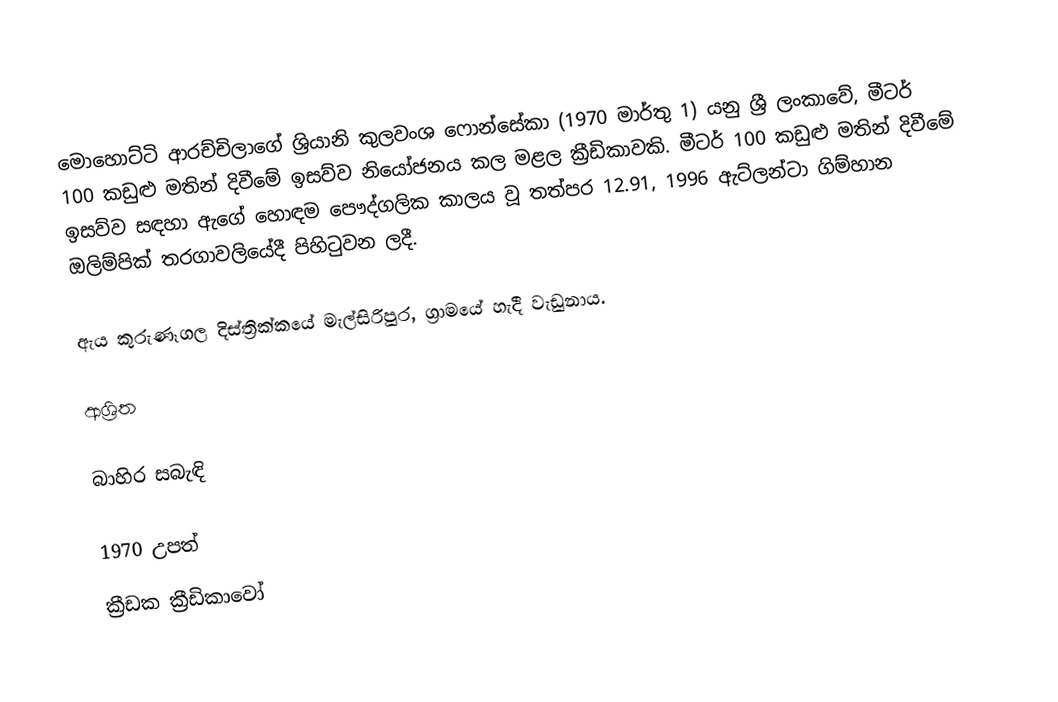
මොහොට්ටි ආරච්චිලාගේ ශ්‍රියානි කුලවංශ ෆොන්සේකා (1970 මාර්තු 1) යනු ශ්‍රී ලංකාවේ, මීටර් 100 කඩුළු මතින් දිවීමේ ඉසව්ව නියෝජනය කල මළල ක්‍රීඩිකාවකි. මීටර් 100 කඩුළු මතින් දිවීමේ ඉසව්ව සඳහා ඇගේ හොඳම පෞද්ගලික කාලය වූ තත්පර 12.91, 1996 ඇට්ලන්ටා ගිම්හාන ඔලිම්පික් තරගාවලියේදී පිහිටුවන ලදී.

ඇය කුරුණෑගල දිස්ත්‍රික්කයේ මැල්සිරිපුර, ග්‍රාමයේ හැදී වැඩුනාය.

ආශ්‍රිත

බාහිර සබැඳි

1970 උපත්
ක්‍රීඩක ක්‍රීඩිකාවෝ